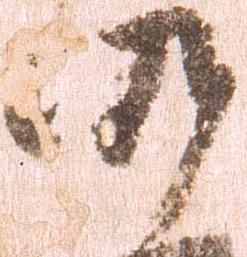
仍